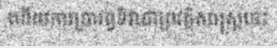
ហើយការប្រារព្ធទិវាជាប្រវត្តិសាស្ត្រនេះ